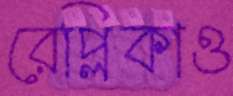
রেপ্লিকাও